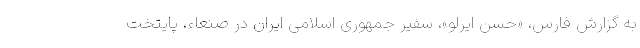
به گزارش فارس، «حسن ایرلو»، سفیر جمهوری اسلامی ایران در صنعاء، پایتخت